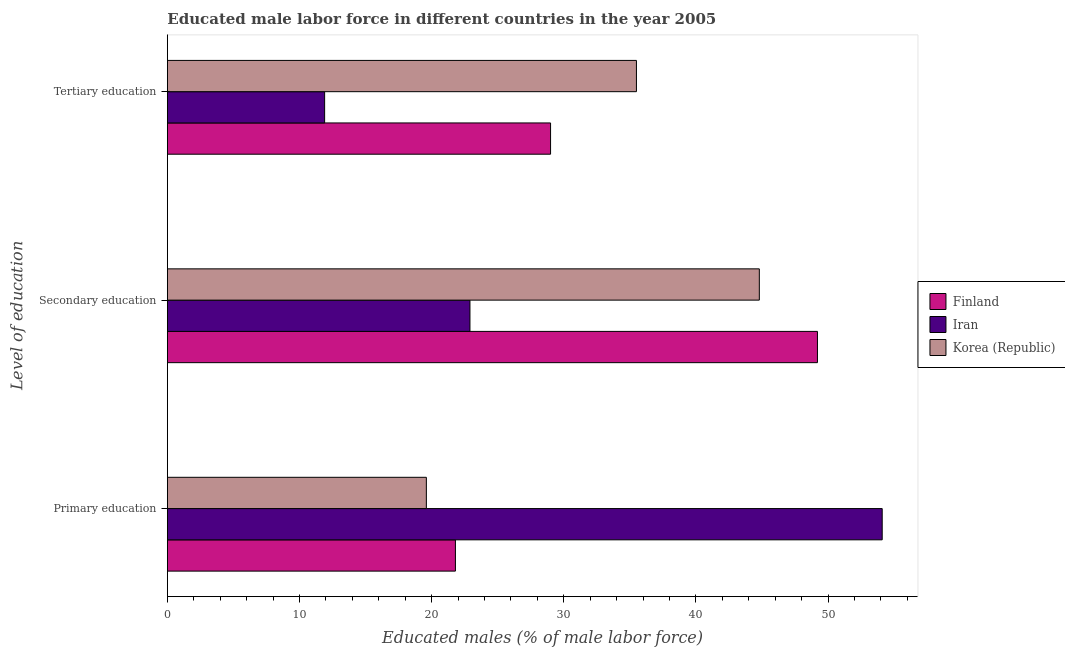
| Level of education | Finland | Iran | Korea (Republic) |
 | --- | --- | --- | --- |
 | Primary education | 21.8 | 54.1 | 19.6 |
 | Secondary education | 49.2 | 22.9 | 44.8 |
 | Tertiary education | 29 | 11.9 | 35.5 |